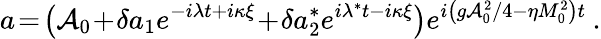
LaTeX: a\! =\! \left(\mathcal{A}_{0}\! +\! \delta a_{1}e^{-i\lambda t+i\kappa\xi}\! +\! \delta a_{2}^{*}e^{i\lambda^{*}t-i\kappa\xi}\right)e^{{i\left({g\mathcal{A}_{0}^{2}}/{4}-\eta M_{0}^{2}\right)t}}\: .